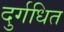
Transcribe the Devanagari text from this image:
दुर्गधित